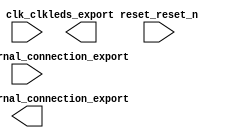

module niosLab2 (
	clk_clk,
	leds_export,
	pio_bot_external_connection_export,
	pio_mot_external_connection_export,
	reset_reset_n);	

	input		clk_clk;
	output	[5:0]	leds_export;
	input	[3:0]	pio_bot_external_connection_export;
	output	[3:0]	pio_mot_external_connection_export;
	input		reset_reset_n;
endmodule